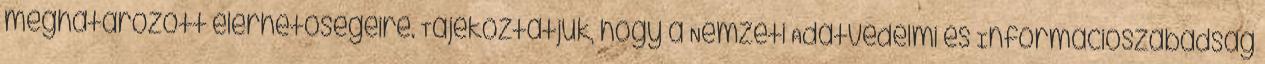
meghatározott elérhetőségeire. Tájékoztatjuk, hogy a Nemzeti Adatvédelmi és Információszabadság